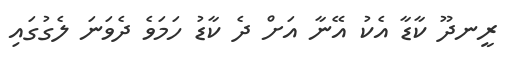
ރީނދޫ ކާޑާ އެކު އޭނާ އަށް ދެ ކާޑު ހަމަވެ ދެވަނަ ލެގުގައި